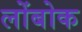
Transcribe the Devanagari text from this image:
लोंबोक